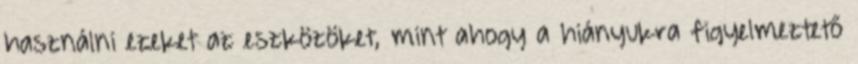
használni ezeket az eszközöket, mint ahogy a hiányukra figyelmeztető